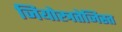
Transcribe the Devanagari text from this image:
जियोस्त्रतेजिस्त